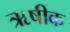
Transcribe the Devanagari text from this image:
ऋषीक